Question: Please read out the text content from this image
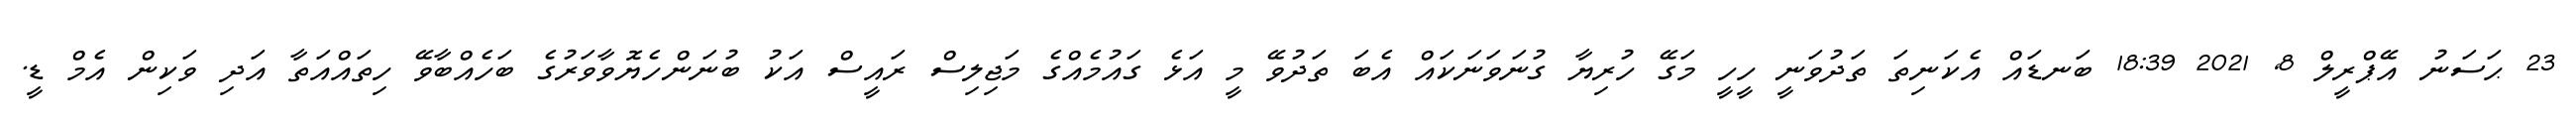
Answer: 23 ޙަސަނު އޭޕްރީލް 8, 2021 18:39 ބަނޑައް އެކަނިތަ ތަދުވަނީ ހީހީ މަގޭ ހުރިޔާ ގުނަވަނަކައް އެބަ ތަދުވޭ މީ އަޅެ ގައުމެއްގެ މަޖިލިސް ރައީސް އަކު ބުނަންހެޔޮވާވަރުގެ ބަހެއްބާވޭ ހިތައްއަތާ އަދި ވަކިން އެމް ޑީ.